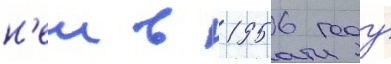
н'еи в 1956 году